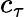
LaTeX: c_{\tau}